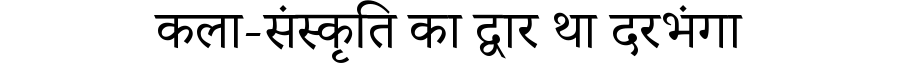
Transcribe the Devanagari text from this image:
कला-संस्कृति का द्वार था दरभंगा